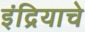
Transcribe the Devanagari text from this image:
इंद्रियाचे